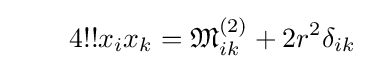
\qquad 4!!x_{i}x_{k}={\mathfrak {M}}_{ik}^{(2)}+2r^{2}\delta _{ik}